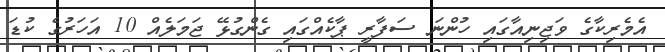
އެމެރިކާގެ ވަޖިނިއާގައި ހުންނަ ސަފާރީ ޕާކެއްގައި ގެންގުޅޭ ޖަމަލެއް 10 އަހަރުގެ ކުޑަ